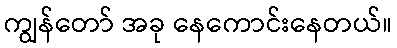
ကျွန်တော် အခု နေကောင်းနေတယ်။